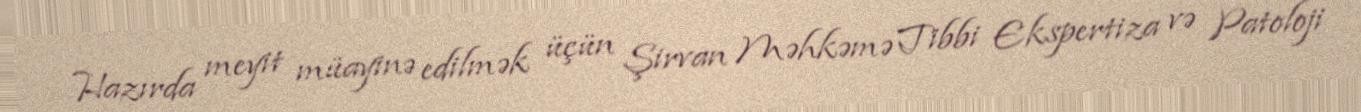
Hazırda meyit müayinə edilmək üçün Şirvan Məhkəmə Tibbi Ekspertiza və Patoloji